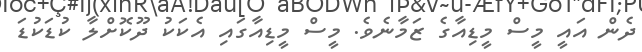
ދެން އައީ މީސް މީޑިއާގެ ޒަމާނެވެ. މީސް މީޑިއާގައި އެކަކު ދޫކޮށްލާ ކުޑަކުޑަ